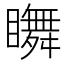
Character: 𥌇